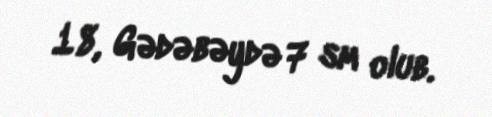
18, Gədəbəydə 7 sm olub.